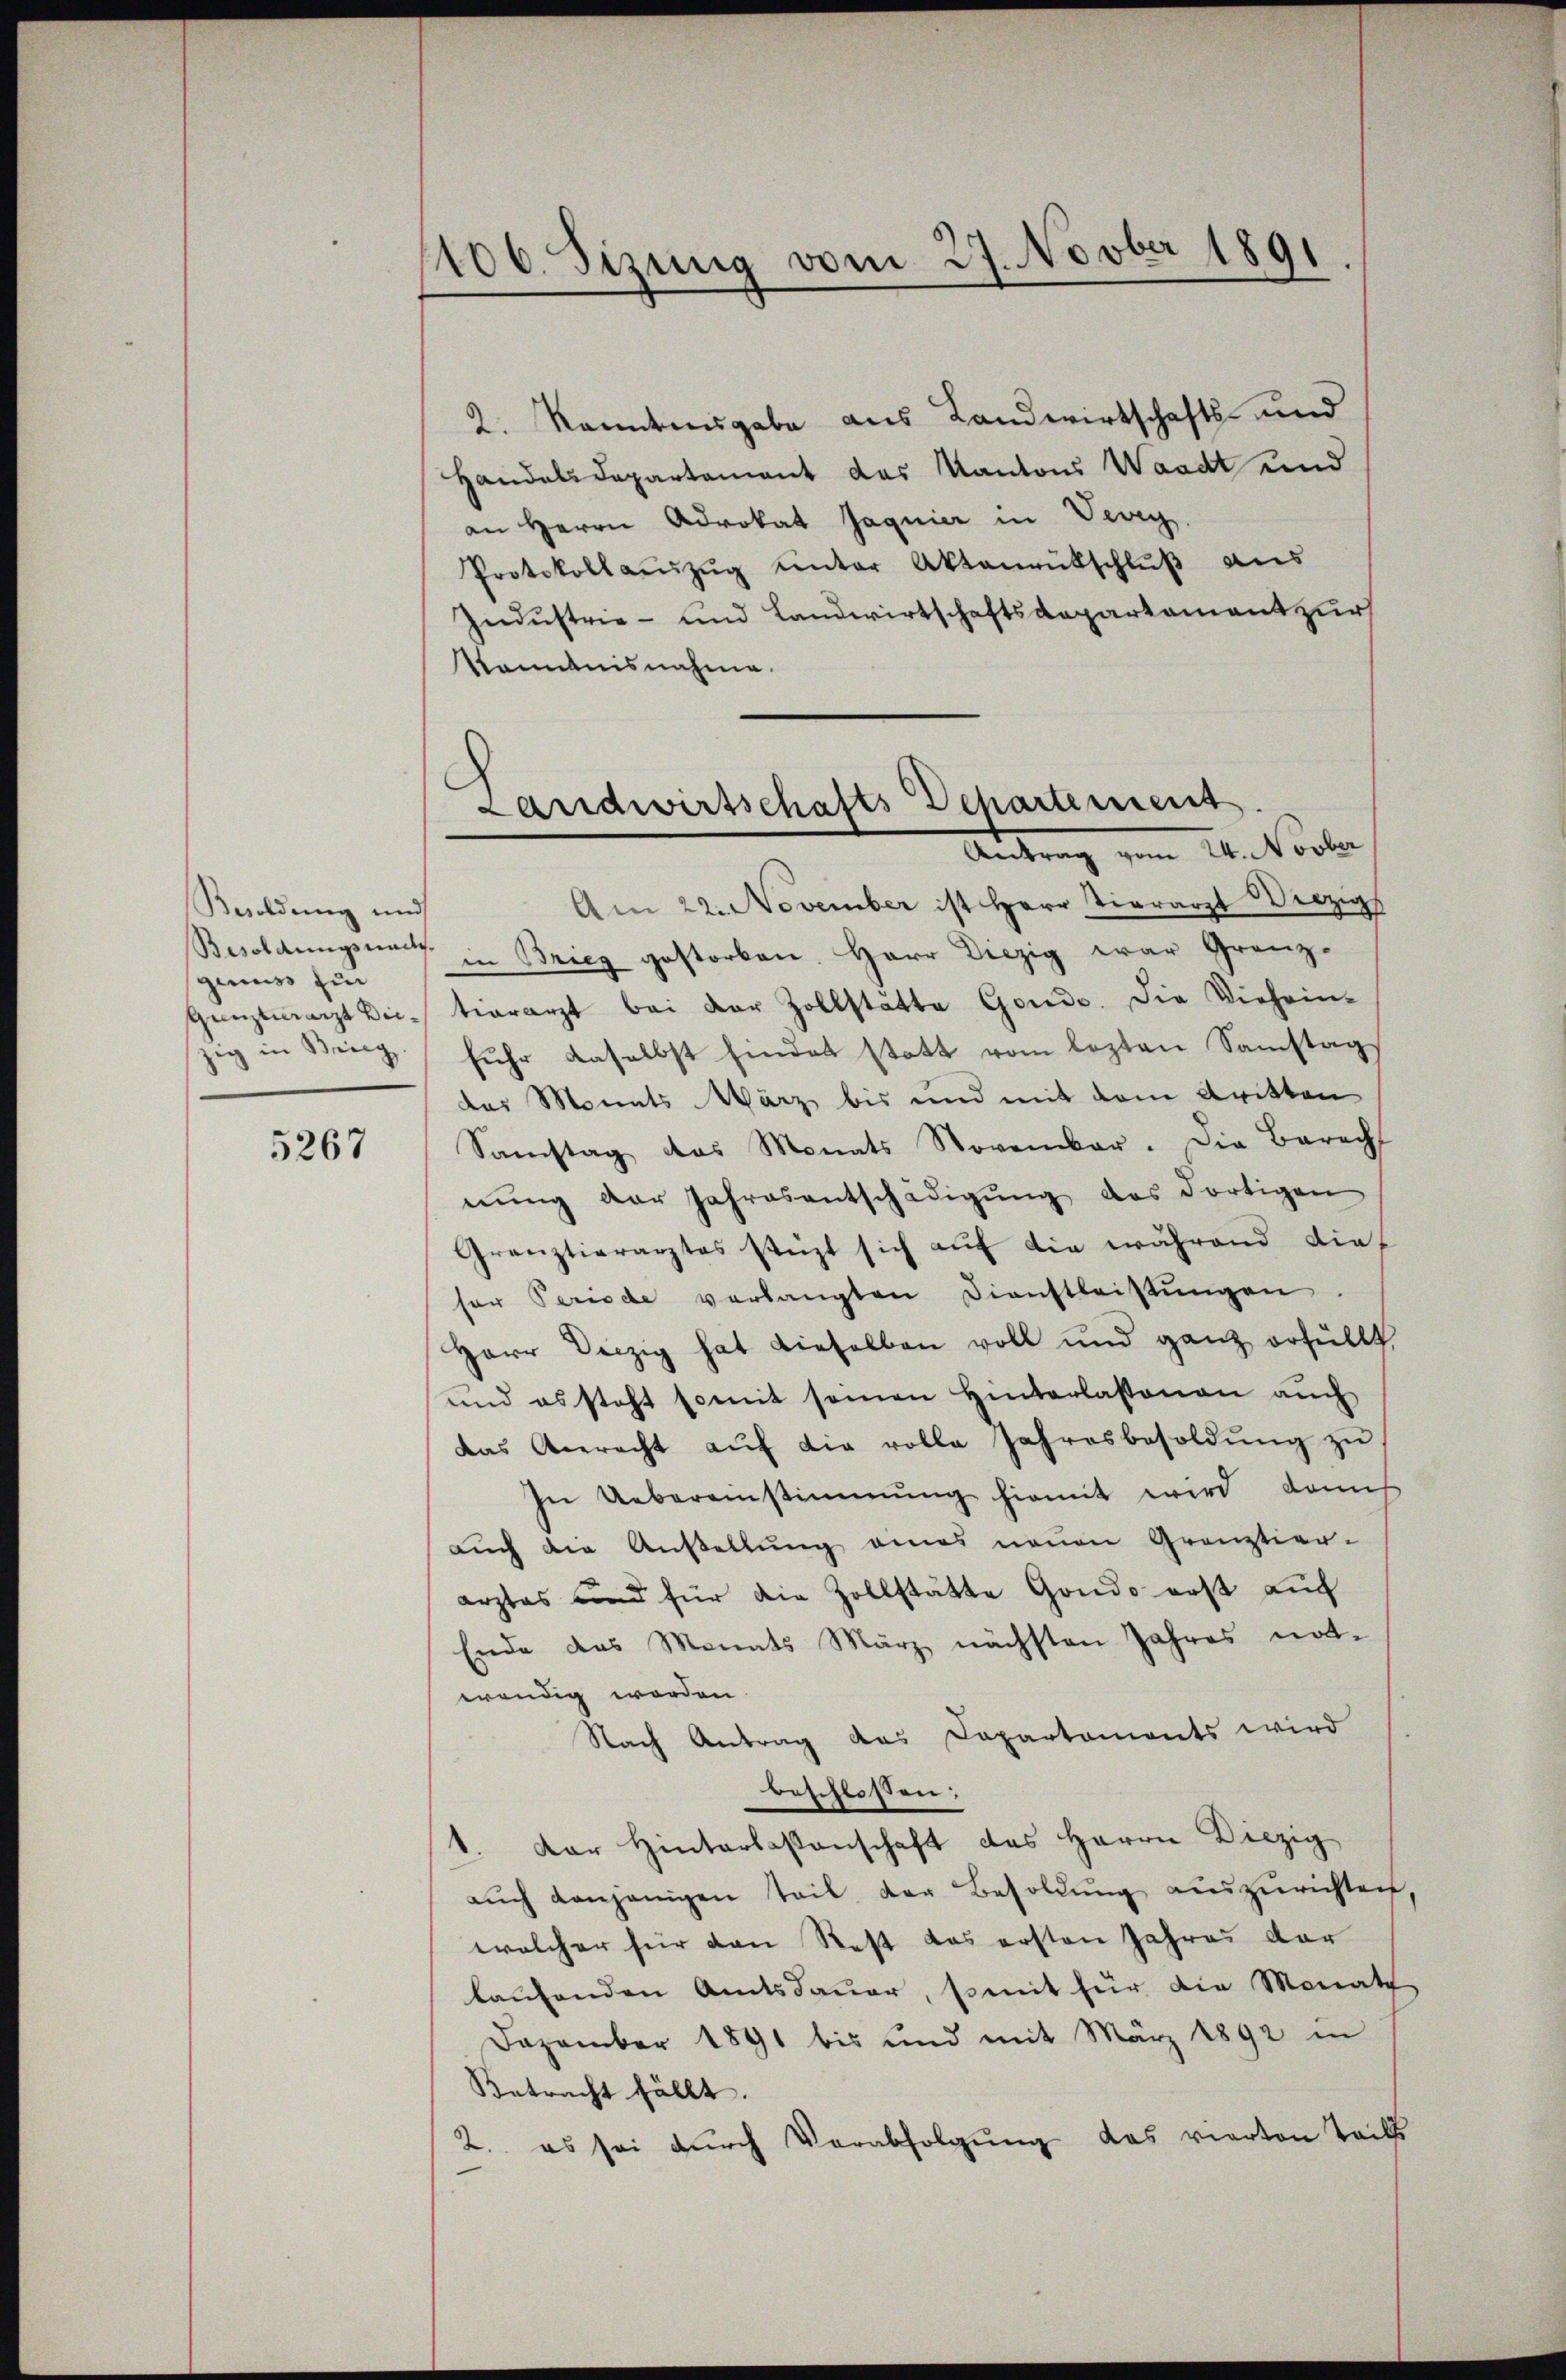
Besoldung und
Besoldungsnach.
genuss für
zig in Brieg.

5267

1106. Sizung vom 27. Novber 1891

2. Kantonsgabe aus Landwirtschafts- und
Handelsdepartement das Kantons Waadt und
an Herrn Advokat Jagnier in Vevey.
Protokollaŭszŭg unter Aktenrütschlŭβ aŭs
Industrie - und Landwirtschaftsdepartament zur
Kenntnisnahme.
Am 22. November ist Herr Tierarzt Winzigs
in Brieg gestorben Herr Diezig war Grenz-
Gantmacht Dic. tierarzt bei der Zollstätte Gonde. Die Viehein-
fŭhr daselbst findet statt vom lezten Samstag
des Monats März bis und mit dem dritten
Samstag das Monats November. Die Baracht
nŭng der Jahresentschädigŭng des dortigen
Graŭztierarztes stüzt sich aŭf die während die
ser Periode verlangten Dienstleistŭngen.
Herr Deczig hat dieselben voll und ganz erfüllt,
und es steht somit seinen Hinterlassenen auch
das Anrecht aŭf die volle Jahresbesoldŭng zŭ
In Uebereinstimmung hiemit wird dann
auch die Austellung eines neuen Grenztier-
arztes und für die Zollstätte Gondo erst auch
Ende das Monats März nächsten Jahres not-
wendig worden.
Nach Antrag das Departaments wird
beschlossen:
1. Der Hinterlassenschaft des Herrn Diezig
aŭch denjenigen Teil der Besoldung auszurichten,
welcher für den Rest das ersten Jahres der
laufenden Amtsdauer, somit für die Monate
Dezember 1891 bis und mit März 1892 in
Betracht fällt.
2. es sei durch Verabfolgŭng des vierten Teils

Landwirtschafts Dehartement
Antrag vom 24. Novbr